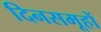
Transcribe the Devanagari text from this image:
दिनसमूहों